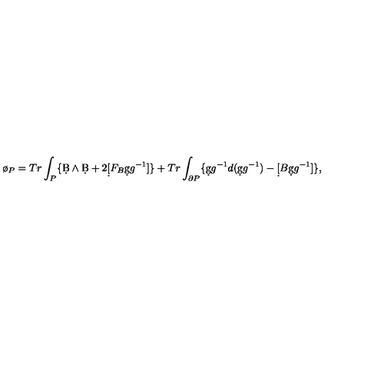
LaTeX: \o _ { P } = T r \int _ { P } \{ \d B \wedge \d B + 2 \d [ F _ { B } \d g g ^ { - 1 } ] \} + T r \int _ { \partial P } \{ \d g g ^ { - 1 } d ( \d g g ^ { - 1 } ) - \d [ B \d g g ^ { - 1 } ] \} ,